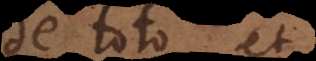
de toto et